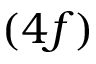
( 4 f )